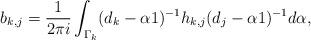
LaTeX: \begin{align*}b_{k,j} = \frac{1}{2 \pi i} \int_{\Gamma_k} (d_k - \alpha 1)^{-1} h_{k,j} (d_j - \alpha 1)^{-1} d \alpha, \end{align*}